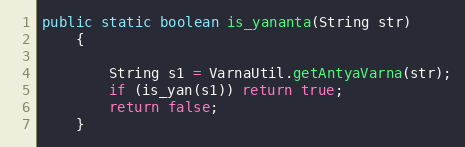
Language: Java
public static boolean is_yananta(String str)
    {

        String s1 = VarnaUtil.getAntyaVarna(str);
        if (is_yan(s1)) return true;
        return false;
    }